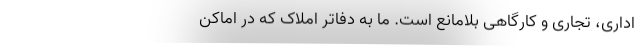
اداری، تجاری و کارگاهی بلامانع است. ما به دفاتر املاک که در اماکن